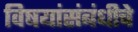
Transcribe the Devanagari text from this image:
विषयांसंबंधीचे